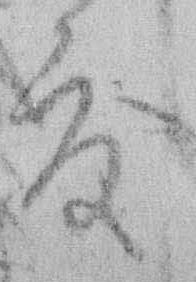
度